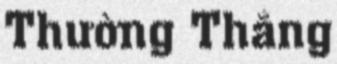
Thường Thắng